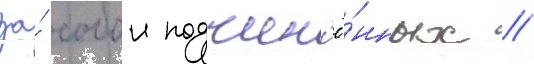
за́ собои подчин'ё́нных //